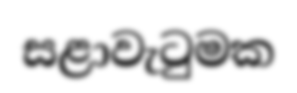
සළාවැටුමක